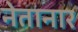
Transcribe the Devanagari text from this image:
नेतानार